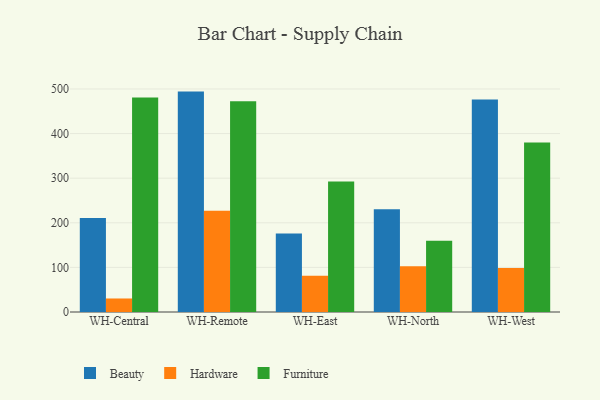
{"axis": {"x": "Warehouse", "y": "Market Share (%)"}, "legend": ["Beauty", "Furniture", "Hardware"], "data": [{"x": "WH-Central", "y": 210.6, "type": "Beauty"}, {"x": "WH-Central", "y": 30.3, "type": "Hardware"}, {"x": "WH-Central", "y": 480.8, "type": "Furniture"}, {"x": "WH-Remote", "y": 494.1, "type": "Beauty"}, {"x": "WH-Remote", "y": 226.8, "type": "Hardware"}, {"x": "WH-Remote", "y": 472.3, "type": "Furniture"}, {"x": "WH-East", "y": 175.8, "type": "Beauty"}, {"x": "WH-East", "y": 81.1, "type": "Hardware"}, {"x": "WH-East", "y": 292.7, "type": "Furniture"}, {"x": "WH-North", "y": 230.6, "type": "Beauty"}, {"x": "WH-North", "y": 102.3, "type": "Hardware"}, {"x": "WH-North", "y": 159.9, "type": "Furniture"}, {"x": "WH-West", "y": 476.4, "type": "Beauty"}, {"x": "WH-West", "y": 98.4, "type": "Hardware"}, {"x": "WH-West", "y": 380.1, "type": "Furniture"}]}